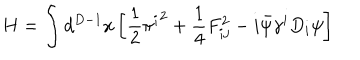
H = \int d ^ { D - 1 } x \left[ { \frac { 1 } { 2 } } { \pi ^ { i } } ^ { 2 } + { \frac { 1 } { 4 } } F _ { i j } ^ { 2 } - i \bar { \psi } \gamma ^ { i } D _ { i } \psi \right]